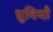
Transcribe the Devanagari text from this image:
ध्रुवियाँ